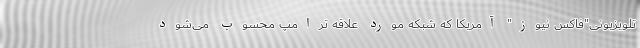
تلویزیونی"فاکس نیوز" آمریکا که شبکه مورد علاقه ترامپ محسوب می‌شود